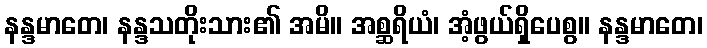
နန္ဒမာတေ၊ နန္ဒသတိုးသား၏ အမိ။ အစ္ဆရိယံ၊ အံ့ဖွယ်ရှိပေစွ။ နန္ဒမာတေ၊